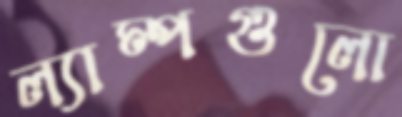
ল্যাম্পগুলো